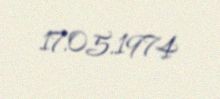
17.05.1974